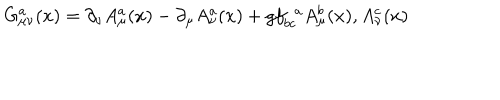
LaTeX: G _ { \mu \nu } ^ { a } ( x ) = \partial _ { \nu } A _ { \mu } ^ { a } ( x ) - \partial _ { \mu } A _ { \nu } ^ { a } ( x ) + g f _ { b c } ^ { ~ ~ a } A _ { \mu } ^ { b } ( x ) , A _ { \nu } ^ { c } ( x )